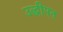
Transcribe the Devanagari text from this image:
उद्धीपन